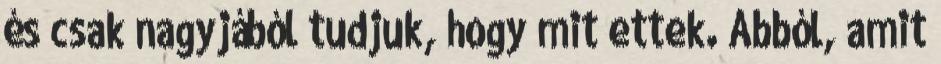
és csak nagyjából tudjuk, hogy mit ettek. Abból, amit